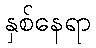
နှစ်နေရာ